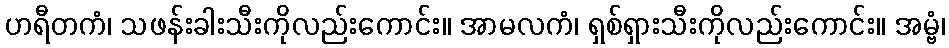
ဟရီတကံ၊ သဖန်းခါးသီးကိုလည်းကောင်း။ အာမလကံ၊ ရှစ်ရှားသီးကိုလည်းကောင်း။ အမ္ဗံ၊